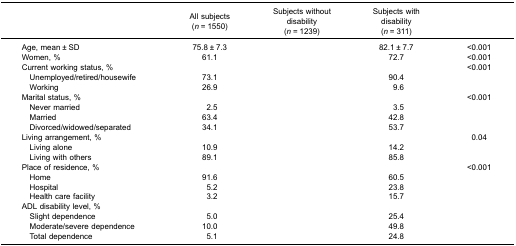
<table><thead><tr><td>[EMPTY_CELL]</td><td><b>All subjects(<i>n</i> = 1550)</b></td><td><b>Subjects withoutdisability(<i>n</i> = 1239)</b></td><td><b>Subjects withdisability(<i>n</i> = 311)</b></td><td>[EMPTY_CELL]</td></tr></thead><tbody><tr><td>Age, mean ± SD</td><td>75.8 ± 7.3</td><td>[EMPTY_CELL]</td><td>82.1 ± 7.7</td><td>&lt;0.001</td></tr><tr><td>Women, %</td><td>61.1</td><td>[EMPTY_CELL]</td><td>72.7</td><td>&lt;0.001</td></tr><tr><td>Current working status, %</td><td>[EMPTY_CELL]</td><td>[EMPTY_CELL]</td><td>[EMPTY_CELL]</td><td>&lt;0.001</td></tr><tr><td> Unemployed/retired/housewife</td><td>73.1</td><td>[EMPTY_CELL]</td><td>90.4</td><td>[EMPTY_CELL]</td></tr><tr><td> Working</td><td>26.9</td><td>[EMPTY_CELL]</td><td>9.6</td><td>[EMPTY_CELL]</td></tr><tr><td>Marital status, %</td><td>[EMPTY_CELL]</td><td>[EMPTY_CELL]</td><td>[EMPTY_CELL]</td><td>&lt;0.001</td></tr><tr><td> Never married</td><td>2.5</td><td>[EMPTY_CELL]</td><td>3.5</td><td>[EMPTY_CELL]</td></tr><tr><td> Married</td><td>63.4</td><td>[EMPTY_CELL]</td><td>42.8</td><td>[EMPTY_CELL]</td></tr><tr><td> Divorced/widowed/separated</td><td>34.1</td><td>[EMPTY_CELL]</td><td>53.7</td><td>[EMPTY_CELL]</td></tr><tr><td>Living arrangement, %</td><td>[EMPTY_CELL]</td><td>[EMPTY_CELL]</td><td>[EMPTY_CELL]</td><td>0.04</td></tr><tr><td> Living alone</td><td>10.9</td><td>[EMPTY_CELL]</td><td>14.2</td><td>[EMPTY_CELL]</td></tr><tr><td> Living with others</td><td>89.1</td><td>[EMPTY_CELL]</td><td>85.8</td><td>[EMPTY_CELL]</td></tr><tr><td>Place of residence, %</td><td>[EMPTY_CELL]</td><td>[EMPTY_CELL]</td><td>[EMPTY_CELL]</td><td>&lt;0.001</td></tr><tr><td> Home</td><td>91.6</td><td>[EMPTY_CELL]</td><td>60.5</td><td>[EMPTY_CELL]</td></tr><tr><td> Hospital</td><td>5.2</td><td>[EMPTY_CELL]</td><td>23.8</td><td>[EMPTY_CELL]</td></tr><tr><td> Health care facility</td><td>3.2</td><td>[EMPTY_CELL]</td><td>15.7</td><td>[EMPTY_CELL]</td></tr><tr><td>ADL disability level, %</td><td>[EMPTY_CELL]</td><td>[EMPTY_CELL]</td><td>[EMPTY_CELL]</td><td>[EMPTY_CELL]</td></tr><tr><td> Slight dependence</td><td>5.0</td><td>[EMPTY_CELL]</td><td>25.4</td><td>[EMPTY_CELL]</td></tr><tr><td> Moderate/severe dependence</td><td>10.0</td><td>[EMPTY_CELL]</td><td>49.8</td><td>[EMPTY_CELL]</td></tr><tr><td> Total dependence</td><td>5.1</td><td>[EMPTY_CELL]</td><td>24.8</td><td>[EMPTY_CELL]</td></tr></tbody></table>